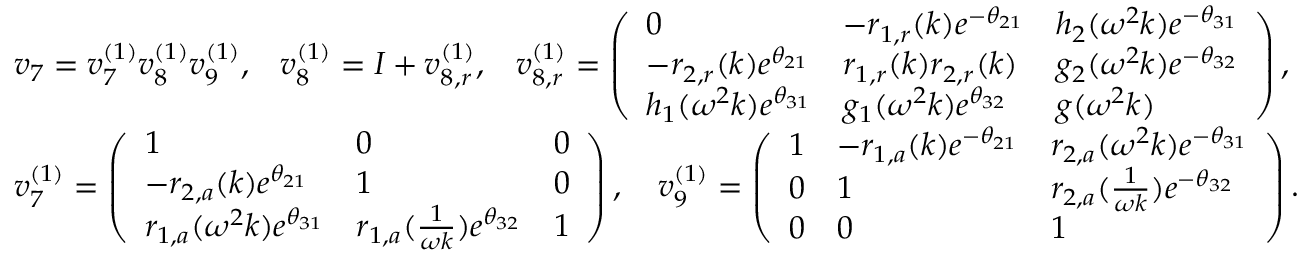
\begin{array} { r l } & { v _ { 7 } = v _ { 7 } ^ { ( 1 ) } v _ { 8 } ^ { ( 1 ) } v _ { 9 } ^ { ( 1 ) } , \; \; \; v _ { 8 } ^ { ( 1 ) } = I + v _ { 8 , r } ^ { ( 1 ) } , \; \; \; v _ { 8 , r } ^ { ( 1 ) } = \left( \begin{array} { l l l } { 0 } & { - r _ { 1 , r } ( k ) e ^ { - \theta _ { 2 1 } } } & { h _ { 2 } ( \omega ^ { 2 } k ) e ^ { - \theta _ { 3 1 } } } \\ { - r _ { 2 , r } ( k ) e ^ { \theta _ { 2 1 } } } & { r _ { 1 , r } ( k ) r _ { 2 , r } ( k ) } & { g _ { 2 } ( \omega ^ { 2 } k ) e ^ { - \theta _ { 3 2 } } } \\ { h _ { 1 } ( \omega ^ { 2 } k ) e ^ { \theta _ { 3 1 } } } & { g _ { 1 } ( \omega ^ { 2 } k ) e ^ { \theta _ { 3 2 } } } & { g ( \omega ^ { 2 } k ) } \end{array} \right) , } \\ & { v _ { 7 } ^ { ( 1 ) } = \left( \begin{array} { l l l } { 1 } & { 0 } & { 0 } \\ { - r _ { 2 , a } ( k ) e ^ { \theta _ { 2 1 } } } & { 1 } & { 0 } \\ { r _ { 1 , a } ( \omega ^ { 2 } k ) e ^ { \theta _ { 3 1 } } } & { r _ { 1 , a } ( \frac { 1 } { \omega k } ) e ^ { \theta _ { 3 2 } } } & { 1 } \end{array} \right) , \quad v _ { 9 } ^ { ( 1 ) } = \left( \begin{array} { l l l } { 1 } & { - r _ { 1 , a } ( k ) e ^ { - \theta _ { 2 1 } } } & { r _ { 2 , a } ( \omega ^ { 2 } k ) e ^ { - \theta _ { 3 1 } } } \\ { 0 } & { 1 } & { r _ { 2 , a } ( \frac { 1 } { \omega k } ) e ^ { - \theta _ { 3 2 } } } \\ { 0 } & { 0 } & { 1 } \end{array} \right) . } \end{array}